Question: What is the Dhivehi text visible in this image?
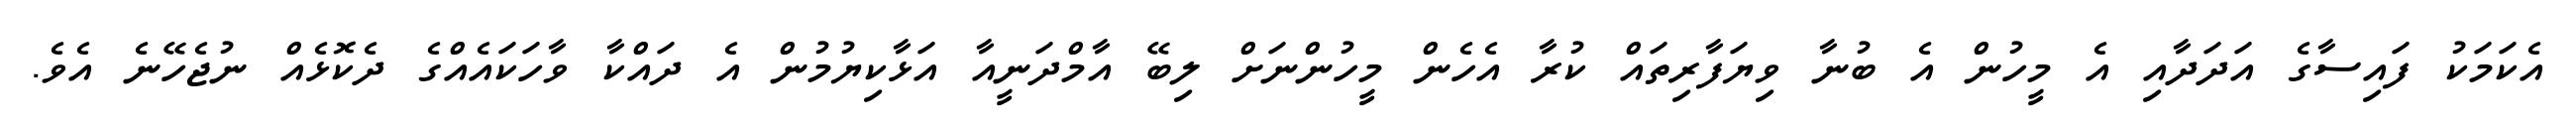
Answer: އެކަމަކު ފައިސާގެ އަދަދާއި އެ މީހުން އެ ބުނާ ވިޔަފާރިތައް ކުރާ އެހެން މީހުންނަށް ލިބޭ އާމްދަނީއާ އަޅާކިޔުމުން އެ ދައްކާ ވާހަކައެއްގެ ދެކޮޅެއް ނުޖެހޭނެ އެވެ.